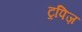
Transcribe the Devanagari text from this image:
ट्रपिज़